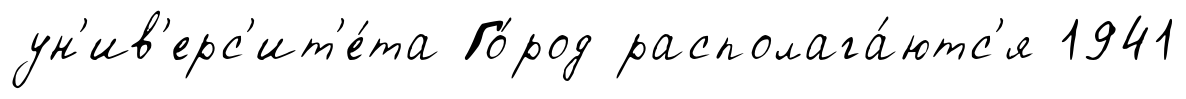
ун'ив'ерс'ит'е́та Го́род располага́ютс'я 1941